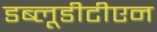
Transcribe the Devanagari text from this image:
डब्लूडीटीएन